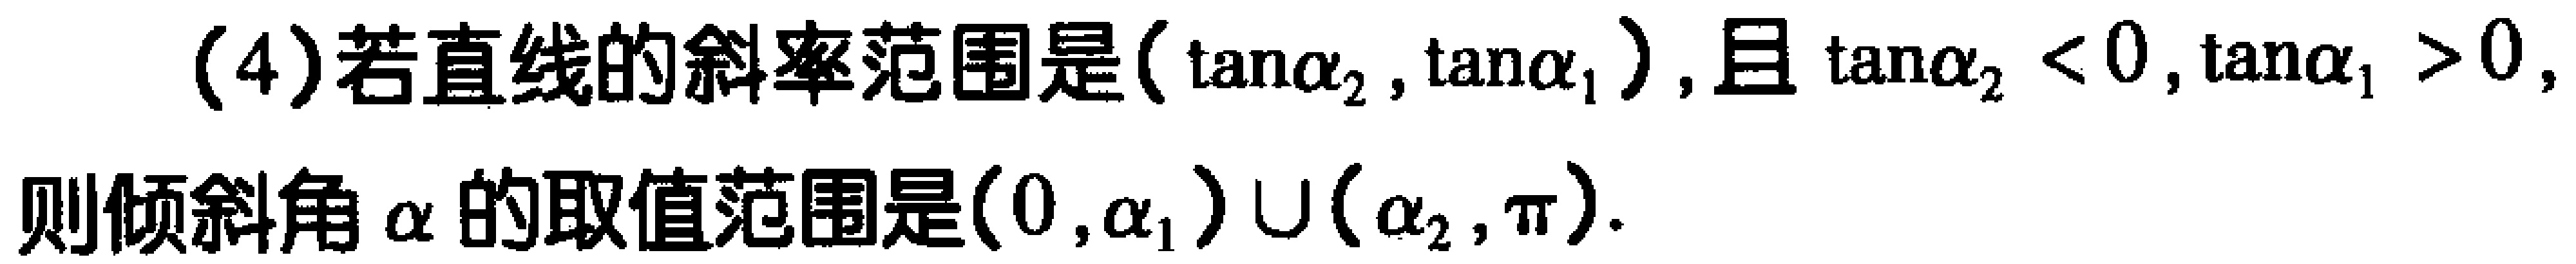
(4)若直线的斜率范围是\((\tan\alpha_{2},\tan\alpha_{1})\)，且\(\tan\alpha_{2}<0,\tan\alpha_{1}>0\)，则倾斜角\(\alpha\)的取值范围是\((0,\alpha_{1})\cup(\alpha_{2},\pi)\)．